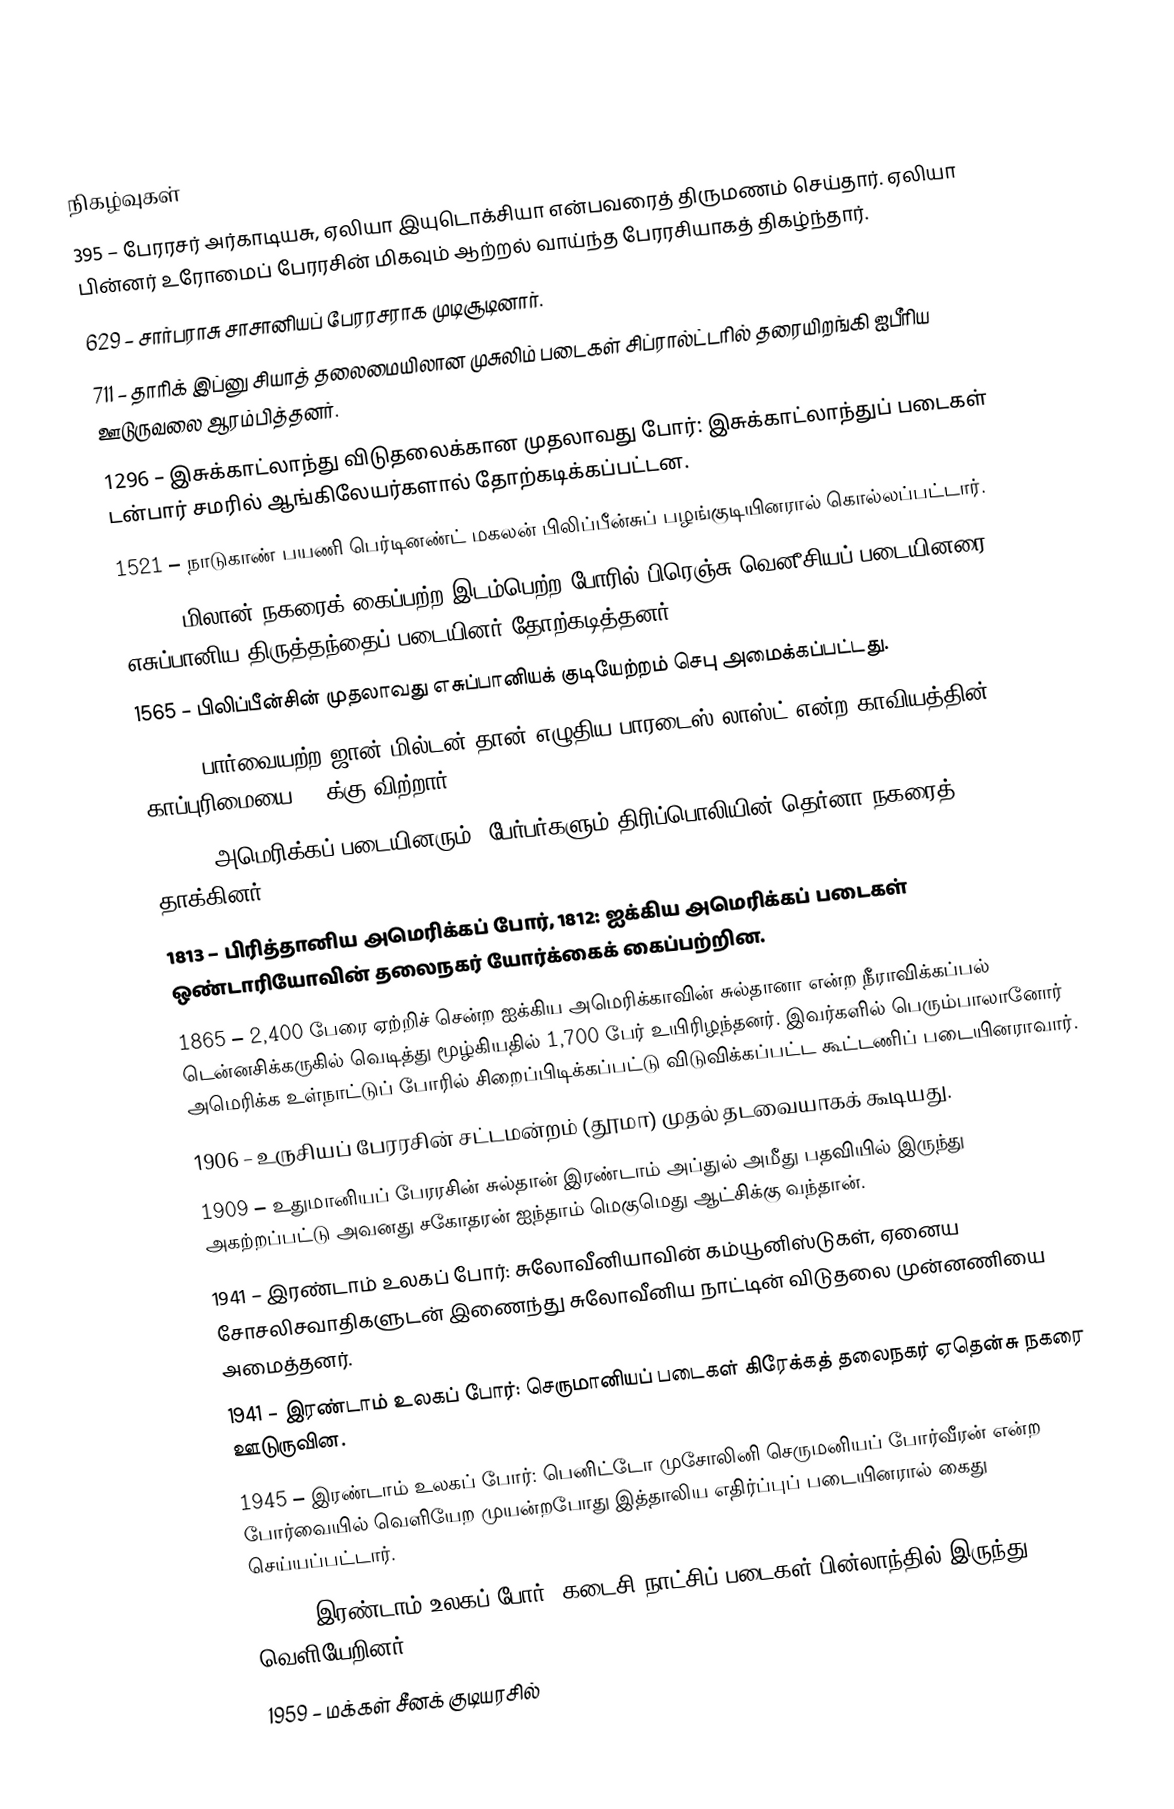

நிகழ்வுகள்
395 – பேரரசர் அர்காடியசு, ஏலியா இயுடொக்சியா என்பவரைத் திருமணம் செய்தார். ஏலியா பின்னர் உரோமைப் பேரரசின் மிகவும் ஆற்றல் வாய்ந்த பேரரசியாகத் திகழ்ந்தார்.
629 – சார்பராசு சாசானியப் பேரரசராக முடிசூடினார்.
711 – தாரிக் இப்னு சியாத் தலைமையிலான முசுலிம் படைகள் சிப்ரால்ட்டரில் தரையிறங்கி ஐபீரிய ஊடுருவலை ஆரம்பித்தனர்.
1296 – இசுக்காட்லாந்து விடுதலைக்கான முதலாவது போர்: இசுக்காட்லாந்துப் படைகள் டன்பார் சமரில் ஆங்கிலேயர்களால் தோற்கடிக்கப்பட்டன.
1521 – நாடுகாண் பயணி பெர்டினண்ட் மகலன் பிலிப்பீன்சுப் பழங்குடியினரால் கொல்லப்பட்டார்.
1522 – மிலான் நகரைக் கைப்பற்ற இடம்பெற்ற போரில் பிரெஞ்சு-வெனீசியப் படையினரை எசுப்பானிய-திருத்தந்தைப் படையினர் தோற்கடித்தனர்.
1565 – பிலிப்பீன்சின் முதலாவது எசுப்பானியக் குடியேற்றம் செபு அமைக்கப்பட்டது.
1667 – பார்வையற்ற ஜான் மில்டன் தான் எழுதிய பாரடைஸ் லாஸ்ட் என்ற காவியத்தின் காப்புரிமையை £10க்கு விற்றார்.
1805 – அமெரிக்கப் படையினரும், பேர்பர்களும் திரிப்பொலியின் தெர்னா நகரைத் தாக்கினர்.
1813 – பிரித்தானிய அமெரிக்கப் போர், 1812: ஐக்கிய அமெரிக்கப் படைகள் ஒண்டாரியோவின் தலைநகர் யோர்க்கைக் கைப்பற்றின.
1865 – 2,400 பேரை ஏற்றிச் சென்ற ஐக்கிய அமெரிக்காவின் சுல்தானா என்ற நீராவிக்கப்பல் டென்னசிக்கருகில் வெடித்து மூழ்கியதில் 1,700 பேர் உயிரிழந்தனர். இவர்களில் பெரும்பாலானோர் அமெரிக்க உள்நாட்டுப் போரில் சிறைப்பிடிக்கப்பட்டு விடுவிக்கப்பட்ட கூட்டணிப் படையினராவார்.
1906 – உருசியப் பேரரசின் சட்டமன்றம் (தூமா) முதல் தடவையாகக் கூடியது.
1909 – உதுமானியப் பேரரசின் சுல்தான் இரண்டாம் அப்துல் அமீது பதவியில் இருந்து அகற்றப்பட்டு அவனது சகோதரன் ஐந்தாம் மெகுமெது ஆட்சிக்கு வந்தான்.
1941 – இரண்டாம் உலகப் போர்: சுலோவீனியாவின் கம்யூனிஸ்டுகள், ஏனைய சோசலிசவாதிகளுடன் இணைந்து சுலோவீனிய நாட்டின் விடுதலை முன்னணியை அமைத்தனர்.
1941 – இரண்டாம் உலகப் போர்: செருமானியப் படைகள் கிரேக்கத் தலைநகர் ஏதென்சு நகரை ஊடுருவின.
1945 – இரண்டாம் உலகப் போர்: பெனிட்டோ முசோலினி செருமனியப் போர்வீரன் என்ற போர்வையில் வெளியேற முயன்றபோது இத்தாலிய எதிர்ப்புப் படையினரால் கைது செய்யப்பட்டார்.
1945 – இரண்டாம் உலகப் போர்: கடைசி நாட்சிப் படைகள் பின்லாந்தில் இருந்து வெளியேறினர்.
1959 – மக்கள் சீனக் குடியரசில்